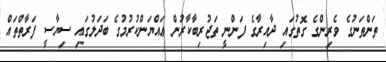
ތަންތަނުގެ ވެރިންގެ ގޮތުގައި ދާއިރާގެ ފަންނީ ތަޖުރިބާކާރުން ޢައްޔަންކުރުމުގެ ބަދަލުގައި ސިޔާސީ ފަރާތްތައް